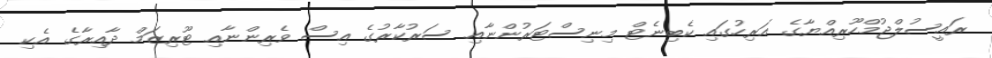
ރައީސުލްޖުމްހޫރިއްޔާގެ އަރިހުގައި ކެބިނެޓް މިނިސްޓަރުންނާއި ސަރުކާރުގެ އިސް ވެރިންނާއި ޓޫރިޒަމް ދާއިރާގެ އެކި